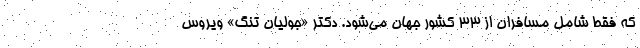
که فقط شامل مسافران از ۳۳ کشور جهان می‌شود. دکتر «جولیان تنگ» ویروس